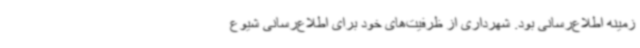
زمینه اطلاع‌رسانی بود. شهرداری از ظرفیت‌های خود برای اطلاع‌رسانی شیوع